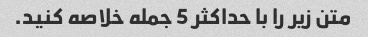
متن زیر را با حداکثر 5 جمله خلاصه کنید.